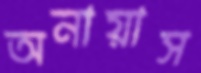
অনায়াস